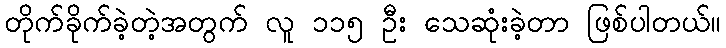
တိုက်ခိုက်ခဲ့တဲ့အတွက် လူ ၁၁၅ ဦး သေဆုံးခဲ့တာ ဖြစ်ပါတယ်။